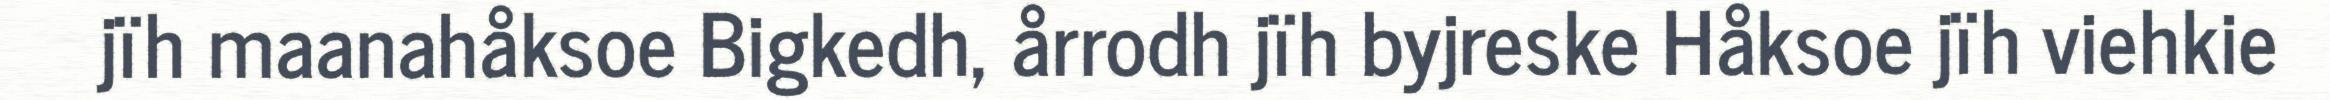
jïh maanahåksoe Bigkedh, årrodh jïh byjreske Håksoe jïh viehkie